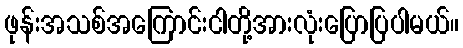
ဖုန်းအသစ်အကြောင်းငါတို့အားလုံးပြောပြပါမယ်။